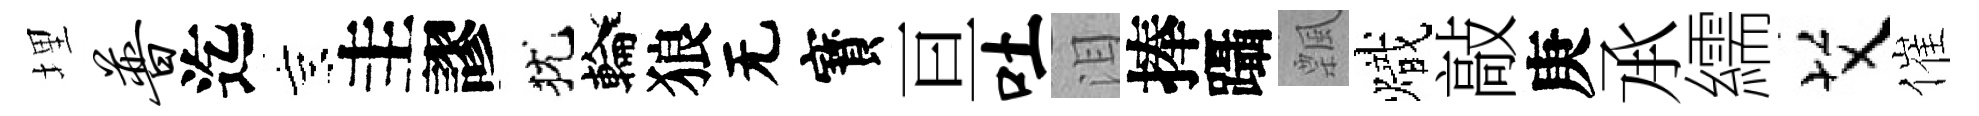
埋普迄京圭謬犹輪狼无寳亘吐泪捧躡飄熾敲庚𠄘繻艾催